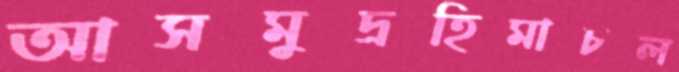
আসমুদ্রহিমাচল